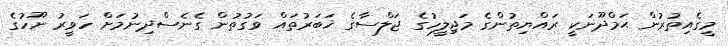
މީގެއިތުރުން ޙަމްދޫނަކީ ރައްޔިތުންގެ މަޖިލީހުގެ ޖަލްސާގެ ޚަބަރުތައް ވަގުތުން ގެނެސްދިނުމަށް ހަވީރު ނޫހުގެ